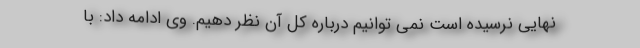
نهایی نرسیده است نمی توانیم درباره کل آن نظر دهیم. وی ادامه داد: با